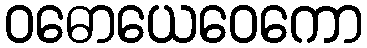
ဝဓောယေဝေကော